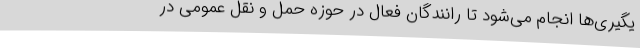
یگیری‌ها انجام می‌شود تا رانندگان فعال در حوزه حمل و نقل عمومی در